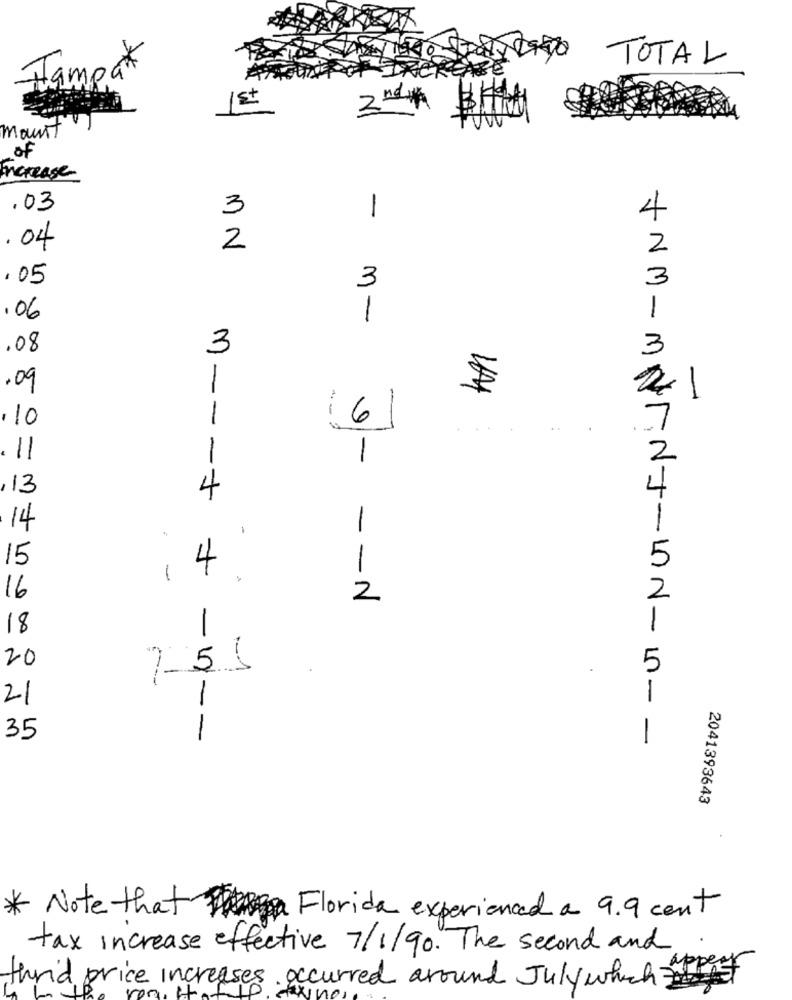
Stato
CREARE
TOTAL
Jampat
1st
2 nd
mount
of
increase
.03
3
1
.04
2
2
.05
3
3
1
06
1
.08
3
3
.09
-
- -
-
, 10
6
1
11
,13
4
m -- - +
14
1
15
5
4
1
1
16
2
18
5
20
7 5 (
+NM-MINT NJ-IN-I
21
35
-1 --
2041393643
* Note that Florida experienced a 9.9 cent
tax increase effective 7/1/90. The second and
thrid price increases occurred around Julywhich pt